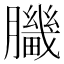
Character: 𦢍